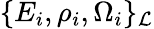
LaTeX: \{ E_{i},\rho_{i},\Omega_{i}\} _{\cal L}